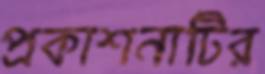
প্রকাশনাটির